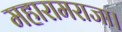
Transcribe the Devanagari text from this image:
महारामराजा।